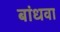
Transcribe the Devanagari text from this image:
बांधवा